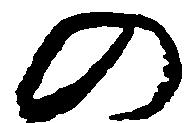
の